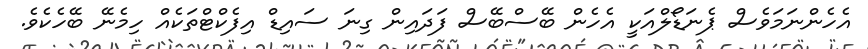
އެހެންނަމަވެސް ޕެނަޑޯލްއަކީ އެހެން ބޭސްބޭސް ފަދައިން ގިނަ ސައިޑް އިފެކްޓްތަކެއް ހިމެނޭ ބޭހެކެވެ.